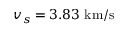
v _ { s } = 3 . 8 3 ~ \mathrm { k m } / \mathrm { s }